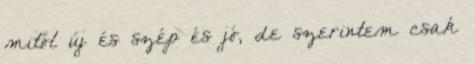
mitől új és szép és jó, de szerintem csak